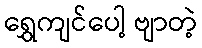
ရွှေကျင်ပေါ့ ဗျာတဲ့